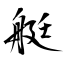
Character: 艇